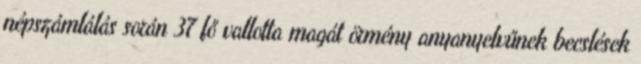
népszámlálás során 37 fő vallotta magát örmény anyanyelvűnek becslések